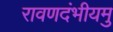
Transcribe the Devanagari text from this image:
रावणदंभीयमु